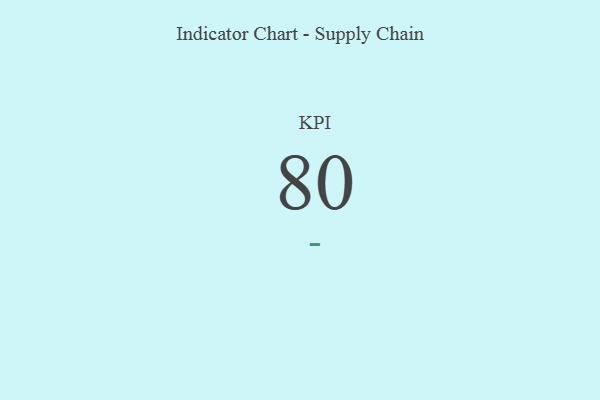
{"axis": {"x": "KPI", "y": "Value"}, "legend": [""], "data": [{"x": "KPI", "y": 80, "type": ""}]}